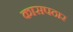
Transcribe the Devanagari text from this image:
कासपठार